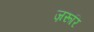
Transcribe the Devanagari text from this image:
ज़रूरि